画像に写った文字を読んでください
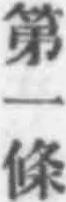
「第一條」と書いてあります